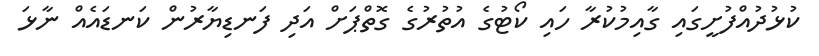
ކުޅުދުއްފުށީގައި ގާއިމުކުރާ ހައި ކޯޓުގެ އުތުރުގެ ގޮތްޕަށް އަދި ފަނޑިޔާރުން ކަނޑައެއް ނާޅަ